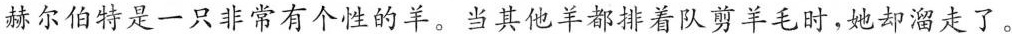
赫尔伯特是一只非常有个性的羊。当其他羊都排着队剪羊毛时，她却溜走了。